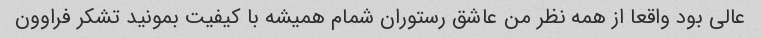
عالی بود واقعا از همه نظر من عاشق رستوران شمام همیشه با کیفیت بمونید تشکر فراوون